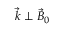
{ \vec { k } } \perp { \vec { B } } _ { 0 }